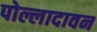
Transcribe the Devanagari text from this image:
पोल्लादावन